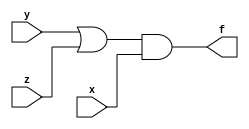
module q1_1l(x,y,z,f);
input x,y,z;
output f;
or(f1,y,z);
and(f,f1,x);
endmodule